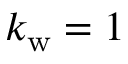
{ k _ { \mathrm { w } } = 1 }